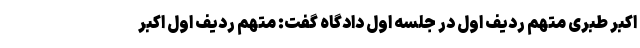
اکبر طبری متهم ردیف اول در جلسه اول دادگاه گفت: متهم ردیف اول اکبر